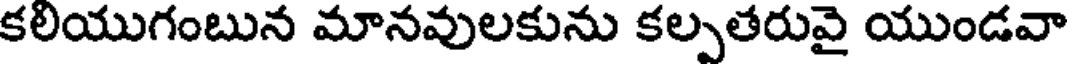
కలియుగంబున మానవులకును కల్పతరువై యుండవా